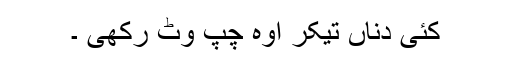
کئی دناں تیکر اوہ چپ وٹ رکھی ۔